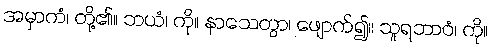
အမှာကံ၊ တို့၏။ ဘယံ၊ ကို။ နာသေတွာ၊ ဖျောက်၍။ သူရဘာဝံ၊ ကို။